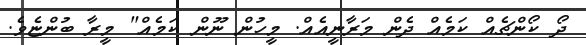
ދޯ ކޯންޗެއް ކަމެއް ދެން މަރާނީއެއް. މީހުން ނޫން ކަމެއް" މީރާ ބުންޏެވެ.